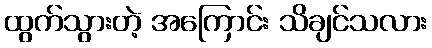
ထွက်သွားတဲ့ အကြောင်း သိချင်သလား